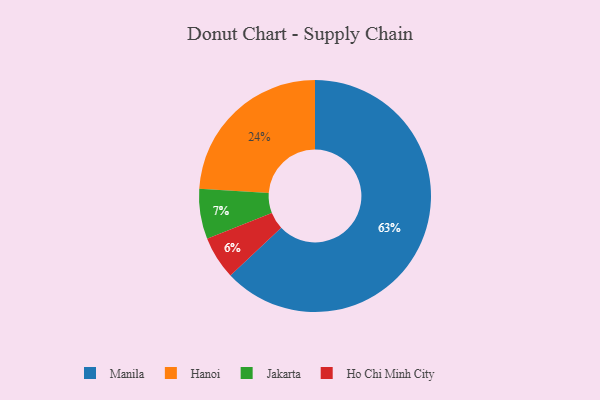
{"axis": {"x": "Category", "y": "Percentage"}, "legend": ["Hanoi", "Ho Chi Minh City", "Jakarta", "Manila"], "data": [{"x": "Hanoi", "y": 24, "type": "Hanoi"}, {"x": "Jakarta", "y": 7, "type": "Jakarta"}, {"x": "Ho Chi Minh City", "y": 6, "type": "Ho Chi Minh City"}, {"x": "Manila", "y": 63, "type": "Manila"}]}